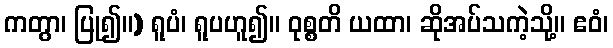
ကတွာ၊ ပြု၍။) ရူပံ၊ ရူပဟူ၍။ ဝုစ္စတိ ယထာ၊ ဆိုအပ်သကဲ့သို့။ ဧဝံ၊